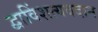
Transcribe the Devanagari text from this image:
द्वाविंशत्यवदान